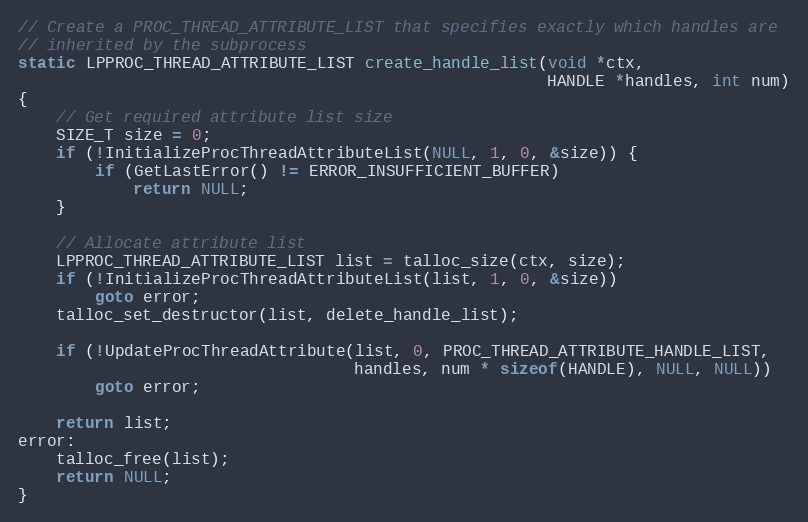
Language: C
// Create a PROC_THREAD_ATTRIBUTE_LIST that specifies exactly which handles are
// inherited by the subprocess
static LPPROC_THREAD_ATTRIBUTE_LIST create_handle_list(void *ctx,
                                                       HANDLE *handles, int num)
{
    // Get required attribute list size
    SIZE_T size = 0;
    if (!InitializeProcThreadAttributeList(NULL, 1, 0, &size)) {
        if (GetLastError() != ERROR_INSUFFICIENT_BUFFER)
            return NULL;
    }

    // Allocate attribute list
    LPPROC_THREAD_ATTRIBUTE_LIST list = talloc_size(ctx, size);
    if (!InitializeProcThreadAttributeList(list, 1, 0, &size))
        goto error;
    talloc_set_destructor(list, delete_handle_list);

    if (!UpdateProcThreadAttribute(list, 0, PROC_THREAD_ATTRIBUTE_HANDLE_LIST,
                                   handles, num * sizeof(HANDLE), NULL, NULL))
        goto error;

    return list;
error:
    talloc_free(list);
    return NULL;
}